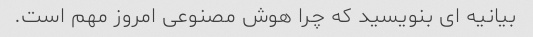
بیانیه ای بنویسید که چرا هوش مصنوعی امروز مهم است.